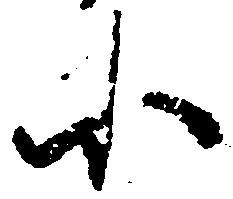
小